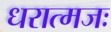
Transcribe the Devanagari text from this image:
धरात्मजः